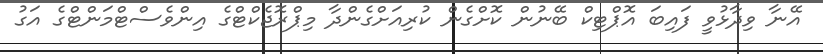
އޭނާ ވިދާޅުވީ ފައިބަ އޮޕްޓިކް ބޭނުން ކޮށްގެން ކުރިއަށްގެންދާ މިޕްރޮޖެކްޓްގެ އިންވެސްޓްމަންޓްގެ އަގު